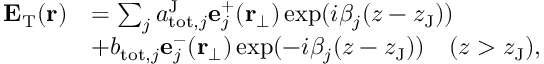
\begin{array} { r l } { \mathbf { E } _ { \mathrm { T } } ( \mathbf { r } ) } & { = \sum _ { j } a _ { \mathrm { t o t } , j } ^ { \mathrm { J } } \mathbf { e } _ { j } ^ { + } ( \mathbf { r } _ { \perp } ) \exp ( i \beta _ { j } ( z - z _ { \mathrm { J } } ) ) } \\ & { + b _ { \mathrm { t o t } , j } \mathbf { e } _ { j } ^ { - } ( \mathbf { r } _ { \perp } ) \exp ( - i \beta _ { j } ( z - z _ { \mathrm { J } } ) ) \quad ( z > z _ { \mathrm { J } } ) , } \end{array}